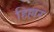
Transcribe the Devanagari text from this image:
हिल्लर